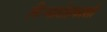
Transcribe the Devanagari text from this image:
गिऱ्यारोहकाशी